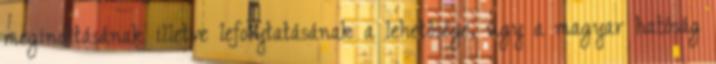
megindításának illetve lefolytatásának a lehetősége, úgy a magyar hatóság